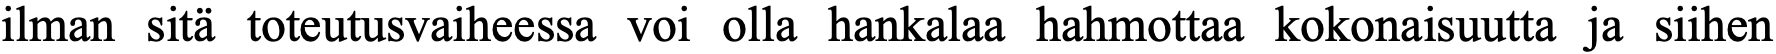
ilman sitä toteutusvaiheessa voi olla hankalaa hahmottaa kokonaisuutta ja siihen